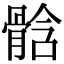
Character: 𩩊